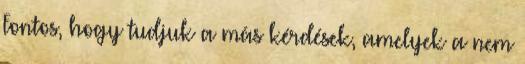
Fontos, hogy tudjuk a más kérdések, amelyek a nem